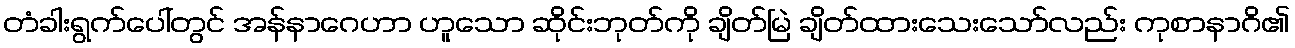
တံခါးရွက်ပေါ်တွင် အန်နာဂေဟာ ဟူသော ဆိုင်းဘုတ်ကို ချိတ်မြဲ ချိတ်ထားသေးသော်လည်း ကုစာနာဂိ၏